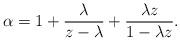
LaTeX: \begin{align*}\alpha=1+\frac{\lambda}{z-\lambda}+\frac{\lambda z}{1-\lambda z}.\end{align*}